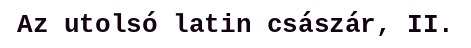
Az utolsó latin császár, II.